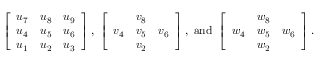
\left[ \begin{array} { l l l } { u _ { 7 } } & { u _ { 8 } } & { u _ { 9 } } \\ { u _ { 4 } } & { u _ { 5 } } & { u _ { 6 } } \\ { u _ { 1 } } & { u _ { 2 } } & { u _ { 3 } } \end{array} \right] , ~ \left[ \begin{array} { l l l } & { v _ { 8 } } & \\ { v _ { 4 } } & { v _ { 5 } } & { v _ { 6 } } \\ & { v _ { 2 } } & \end{array} \right] , ~ \mathrm { a n d ~ } \left[ \begin{array} { l l l } & { w _ { 8 } } & \\ { w _ { 4 } } & { w _ { 5 } } & { w _ { 6 } } \\ & { w _ { 2 } } & \end{array} \right] .